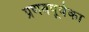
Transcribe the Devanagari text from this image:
प्रणवपूर्वका